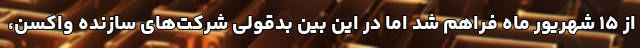
از ۱۵ شهریور ماه فراهم شد اما در این بین بدقولی شرکت‌های سازنده واکسن،